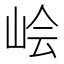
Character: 𰎛